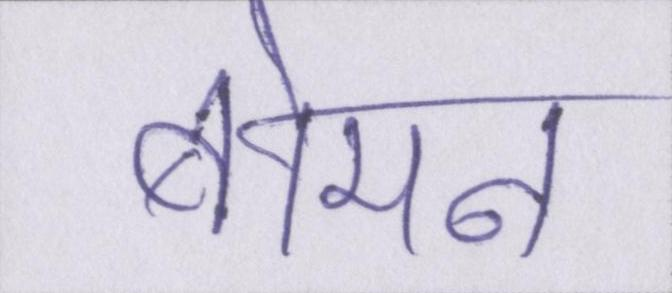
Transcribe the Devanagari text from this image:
बोमन